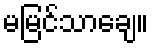
မမြင်သာချေ။